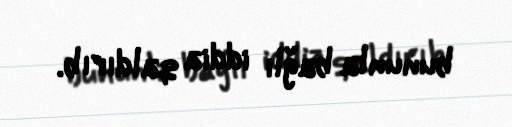
bununla bağlı iddia qaldırıb.